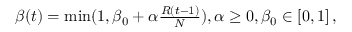
\begin{array} { r } { \beta ( t ) = \operatorname* { m i n } ( 1 , \beta _ { 0 } + \alpha \frac { R ( t - 1 ) } { N } ) , \alpha \geq 0 , \beta _ { 0 } \in \left[ 0 , 1 \right] , } \end{array}